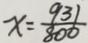
x = \frac { 9 3 1 } { 8 0 0 }